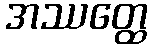
အဿတ္ထေ